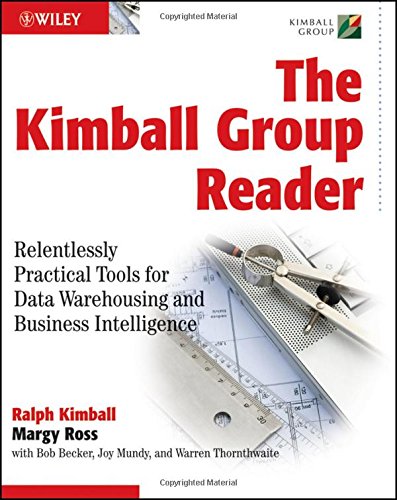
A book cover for The Kimball Group Reader: Relentlessly Practical Tools for Data Warehousing and Business Intelligence; Ralph Kimball; Computers & Technology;